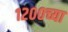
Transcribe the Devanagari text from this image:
१२००च्या